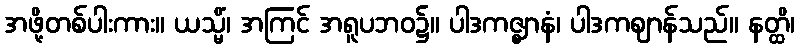
အဖို့တစ်ပါးကား။ ယသ္မိံ၊ အကြင် အရူပဘဝ၌။ ပါဒကဇ္ဈာနံ၊ ပါဒကဈာန်သည်။ နတ္ထိ၊